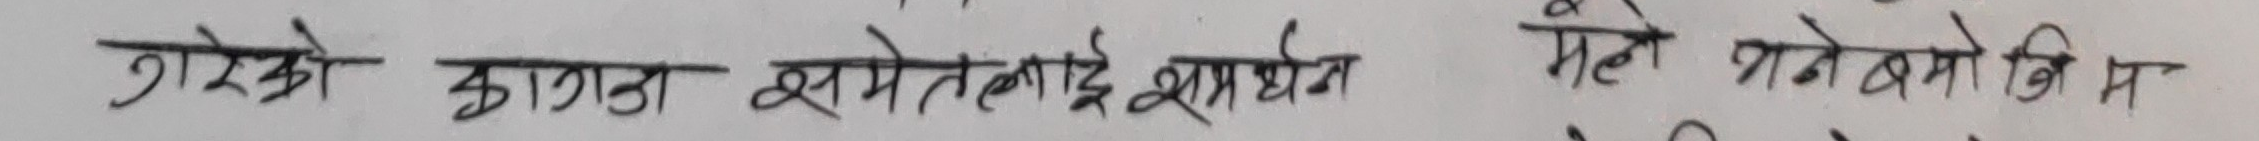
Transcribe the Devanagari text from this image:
गरेको कागजात समेतलाई समर्थन गरे पनि म